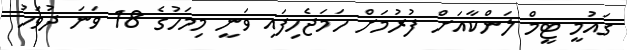
ގައުމީ ޓީމް ލަންކާއަށް ފުރުމަށް ހަމަޖެހިފައި ވަނީ މިމަހުގެ 18 ވަނަ ދުވަހު